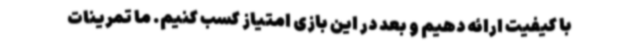
با کیفیت ارائه دهیم و بعد در این بازی امتیاز کسب کنیم. ما تمرینات